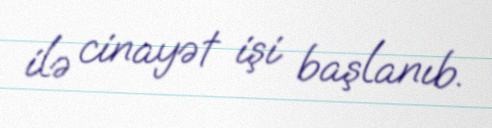
ilə cinayət işi başlanıb.